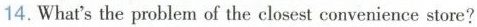
14.What'sthe problem of the closest convenience store?